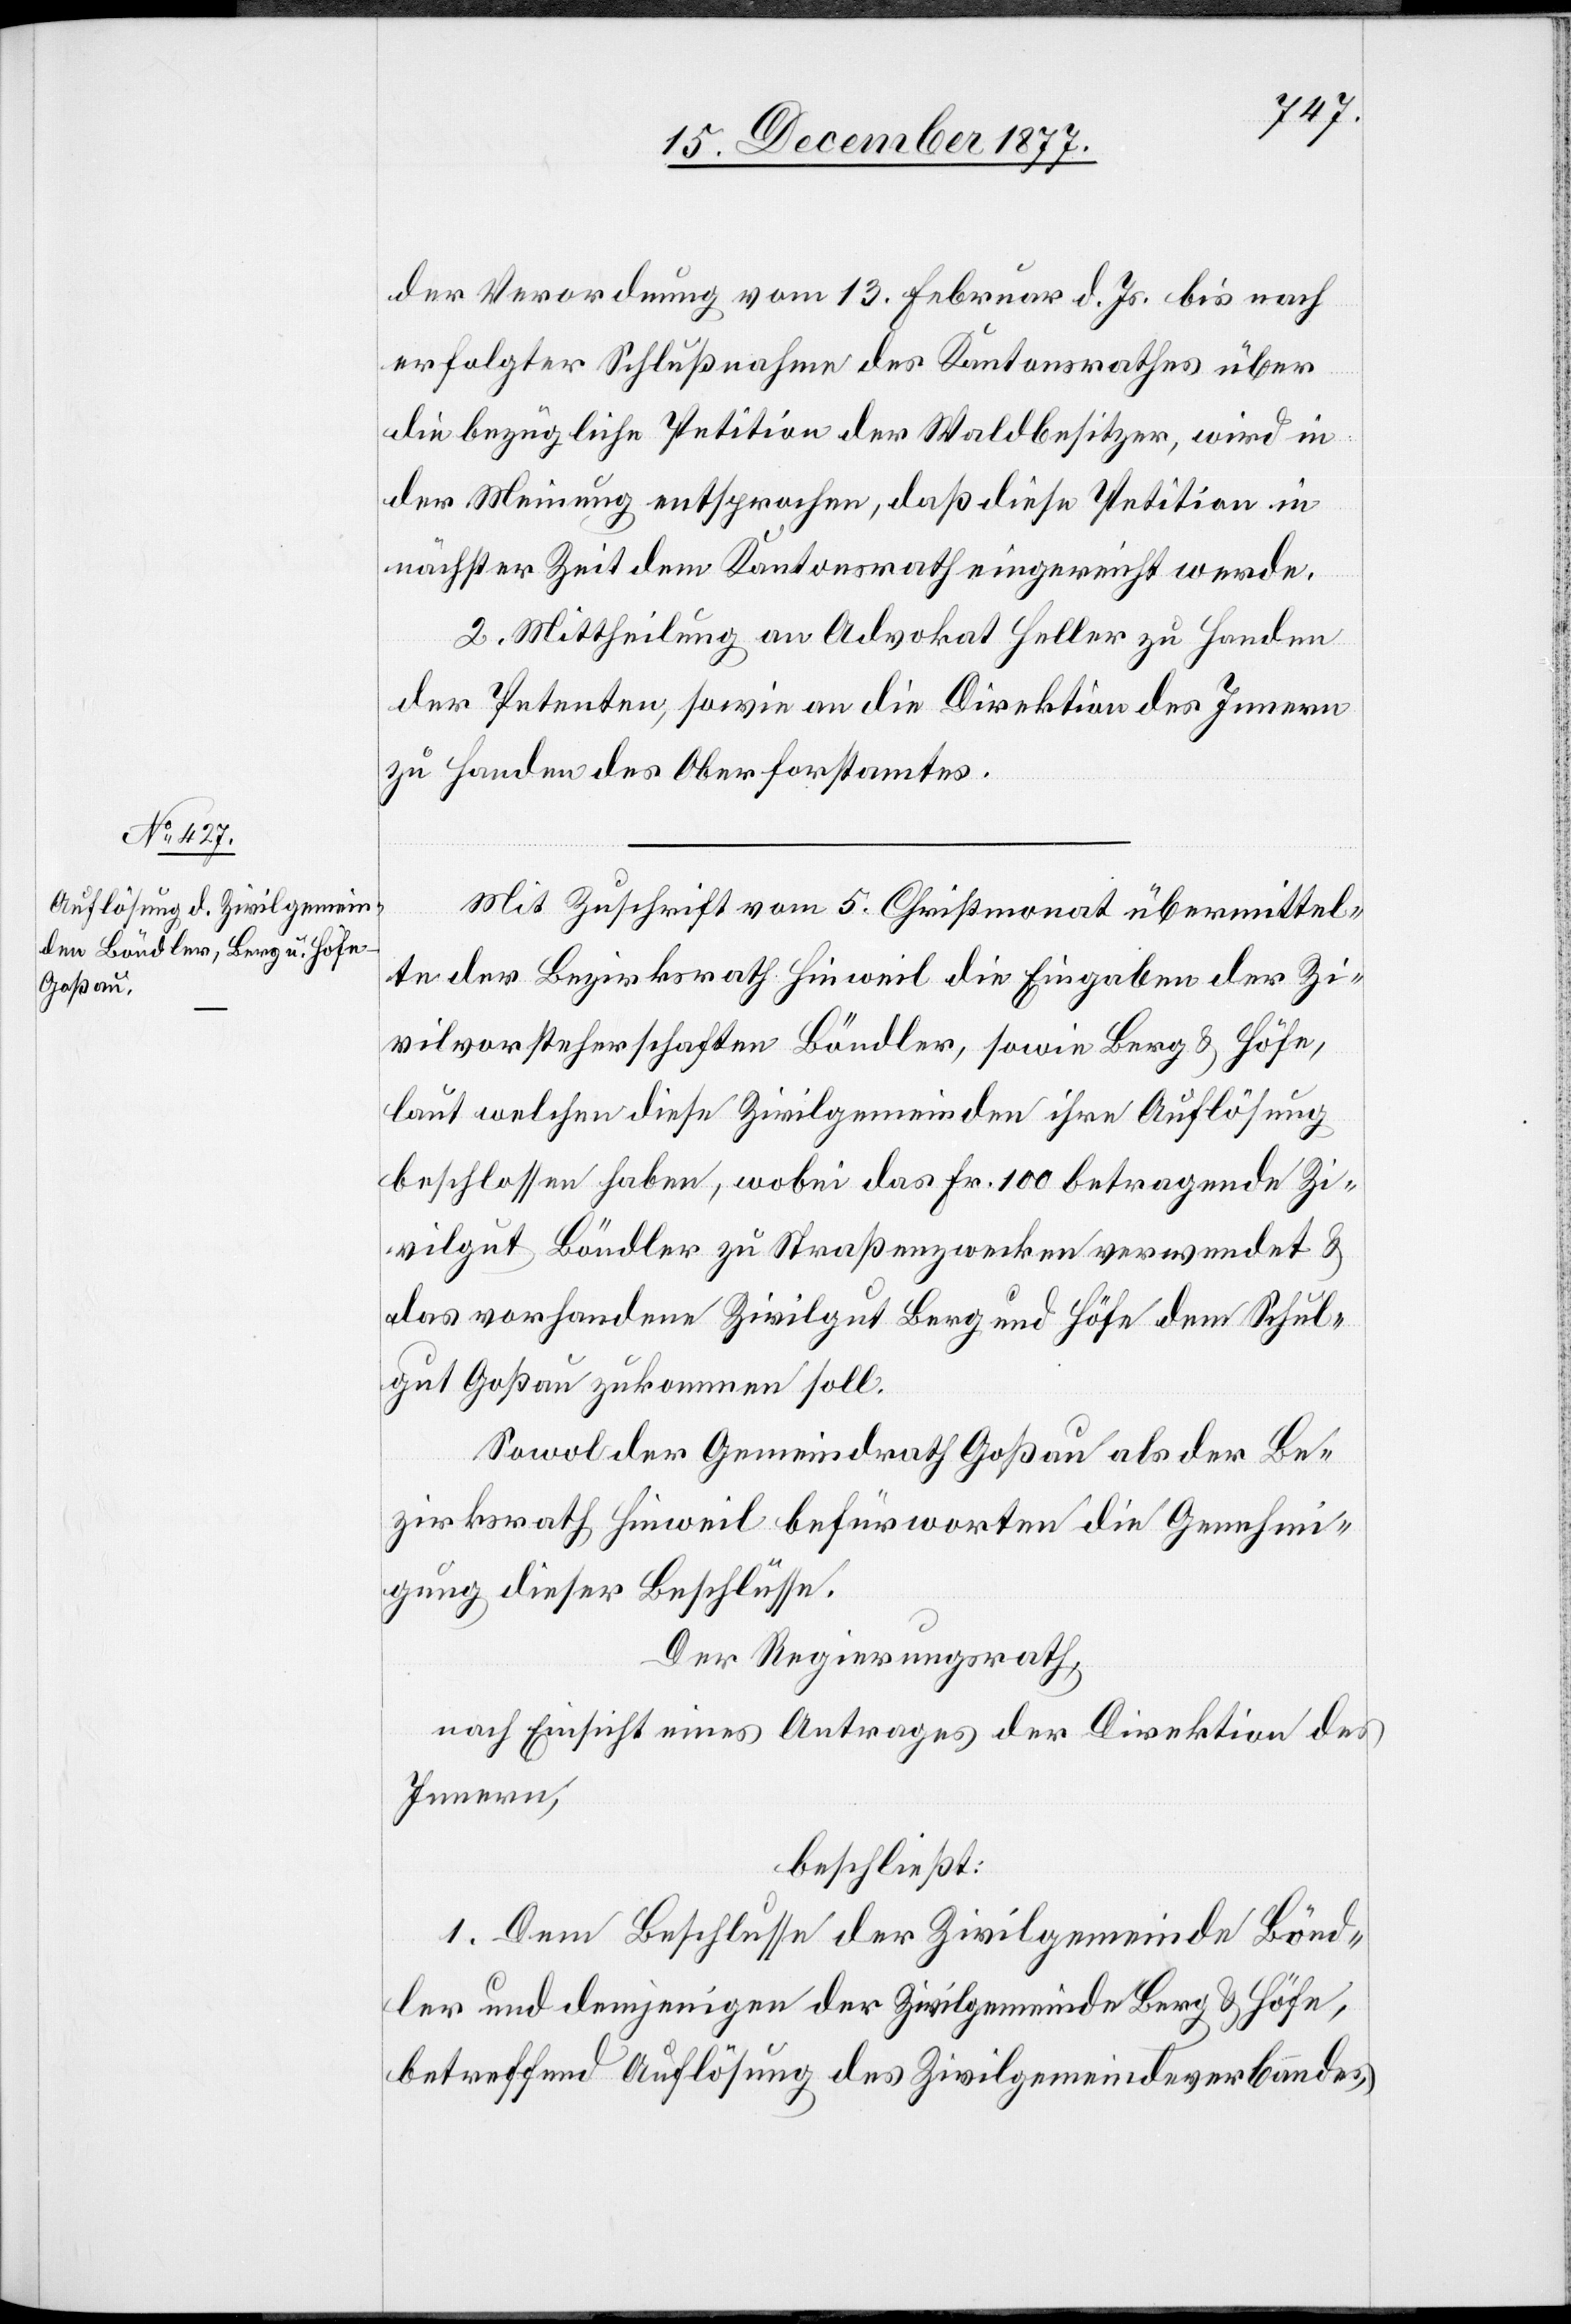
der Verordnung vom 13. Februar d. Js. bis nach
erfolgter Schlußnahme des Kantonsrathes über
die bezügliche Petition der Waldbesitzer, wird in
der Meinung entsprochen, daß diese Petition in
nächster Zeit dem Kantonsrath eingereicht werde.
2. Mittheilung an Advokat Heller zu Handen
der Petenten, sowie an die Direktion des Innern
zu Handen des Oberforstamtes.
Mit Zuschrift vom 5. Christmonat übermittel¬
te der Bezirksrath Hinweil die Eingaben der Zi¬
vilvorsteherschaften Böndler, sowie Berg & Höfe,
laut welchen diese Zivilgemeinden ihre Auflösung
beschlossen haben, wobei das Fr. 100 betragende Zi¬
vilgut Böndler zu Straßenzwecken verwendet &
das vorhandene Zivilgut Berg und Höfe dem Schul¬
gut Goßau zukommen soll.
Sowol der Gemeindrath Goßau als der Be¬
zirksrath Hinweil befürworten die Genehmi¬
gung dieser Beschlüsse.
Der Regierungsrath,
nach Einsicht eines Antrages der Direktion des
Innern,
beschließt:
1. Dem Beschlusse der Zivilgemeinde Bönd¬
ler und demjenigen der Zivilgemeinde Berg & Höfe,
betreffend Auflösung des Zivilgemeindeverbandes,